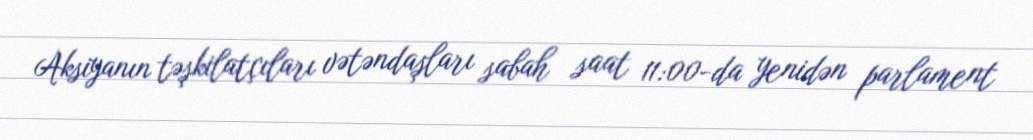
Aksiyanın təşkilatçıları vətəndaşları sabah saat 11:00-da yenidən parlament